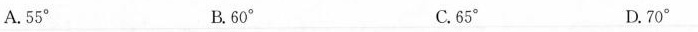
A.55° B.60° C.65° D.70°